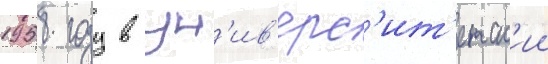
1958 году в ун'ив'ерс'ит'етск'ии